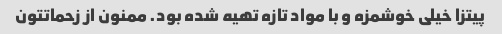
پیتزا خیلی خوشمزه و با مواد تازه تهیه شده بود. ممنون از زحماتتون